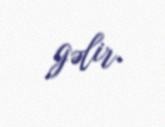
gəlir.